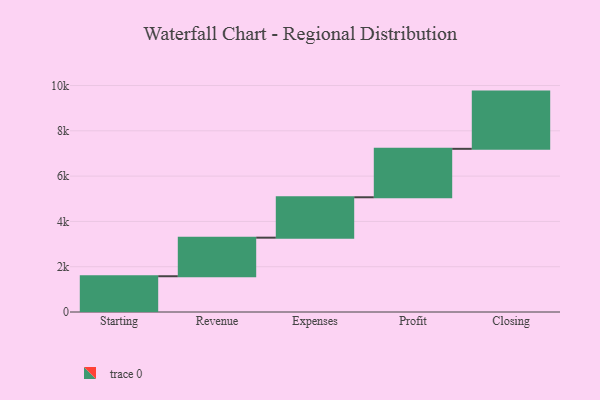
{"axis": {"x": "Step", "y": "Value"}, "legend": [""], "data": [{"x": "Starting", "y": 1579.0, "type": ""}, {"x": "Revenue", "y": 1703.0, "type": ""}, {"x": "Expenses", "y": 1784.0, "type": ""}, {"x": "Profit", "y": 2139.0, "type": ""}, {"x": "Closing", "y": 2527.0, "type": ""}]}